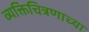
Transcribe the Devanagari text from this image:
व्यक्तिचित्रणाच्या